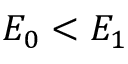
E _ { 0 } < E _ { 1 }